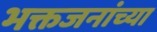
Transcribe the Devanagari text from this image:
भक्तजनांच्या